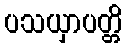
ပသယှာပတ္တိ